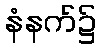
နံနက်၌